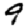
Digit: 9